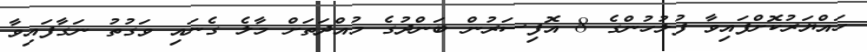
ހައްޔަރުކޮށްފައިވާ ފުލުހުންގެ 8 އޮފިސަރުން ބަންދުގެ މުއްދަތަށް މާލެ ގެނައި ވަގުތު ނަގާފައިވާ